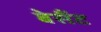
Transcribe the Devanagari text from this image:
बेसैंट